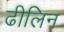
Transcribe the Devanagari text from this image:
ढीलिन